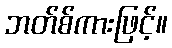
ဘတ်စ်ကားဖြင့်။